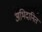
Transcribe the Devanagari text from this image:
अभिदानित